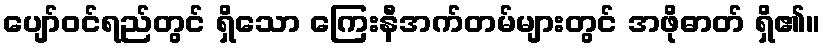
ပျော်ဝင်ရည်တွင် ရှိသော ကြေးနီအက်တမ်များတွင် အဖိုဓာတ် ရှိ၏။